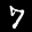
Label: 7